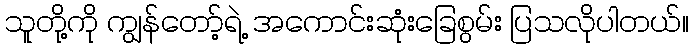
သူတို့ကို ကျွန်တော့်ရဲ့ အကောင်းဆုံးခြေစွမ်း ပြသလိုပါတယ်။